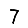
Digit: 7